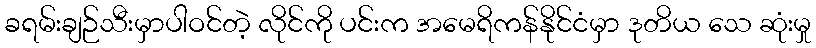
ခရမ်းချဉ်သီးမှာပါဝင်တဲ့ လိုင်ကို ပင်းက အမေရိကန်နိုင်ငံမှာ ဒုတိယ သေ ဆုံးမှု